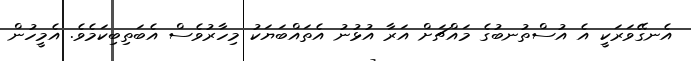
އެނގޭވަރަކީ އެ އުސްތުނބުގެ މައްޗަށް އަރާ އުޅުނު އެތައްބަޔަކު މިހާރުވެސް އެބަތިބިކަމެވެ. އެމީހުން